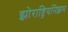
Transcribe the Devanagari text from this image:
झोराष्ट्रियनिझम